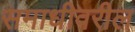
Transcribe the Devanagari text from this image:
समाधीवरील